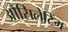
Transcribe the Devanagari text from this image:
औसिलेटिंग